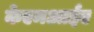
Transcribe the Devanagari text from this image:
केएमआईए